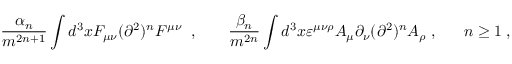
\frac { \alpha _ { n } } { m ^ { 2 n + 1 } } \int d ^ { 3 } x F _ { \mu \nu } ( \partial ^ { 2 } ) ^ { n } F ^ { \mu \nu } \; \; , \; \; \; \; \; \; \; \frac { \beta _ { n } } { m ^ { 2 n } } \int d ^ { 3 } x \varepsilon ^ { \mu \nu \rho } A _ { \mu } \partial _ { \nu } ( \partial ^ { 2 } ) ^ { n } A _ { \rho } \; , \; \; \; \; \; \; n \geq 1 \; ,